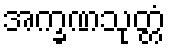
အက္ခဏသုတ္တံ